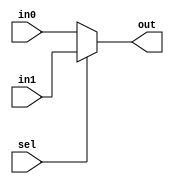
module mux_pc(in0,in1,sel,out);

	//port declaration
	
	//inputs
	input sel;
	input [31:0]in0;
	input [31:0]in1;
	
	//output
	output [31:0]out;
	reg out;
	
	//sel = output of AND gate
	//if sel=0 ----> out PC value
	//if sel=1 ----> out PC+offset
	always @ (in0,in1,sel)
	begin
		
		//PC + offset
		if (sel == 1'b1)
		begin
			out = in1;
		end
		
		//PC
		else
		begin
			out = in0;
		end
	end

endmodule